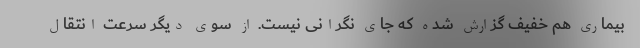
بیماری هم خفیف گزارش شده که جای نگرانی نیست. از سوی دیگر سرعت انتقال